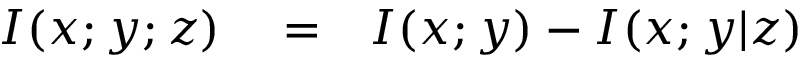
\begin{array} { r l r } { I ( x ; y ; z ) } & { { } = } & { I ( x ; y ) - I ( x ; y | z ) } \end{array}